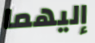
إليهما